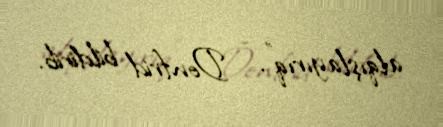
alqışlayırıq", - Donfrid bildirib.